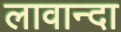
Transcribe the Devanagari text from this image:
लावान्दा